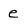
Character: e